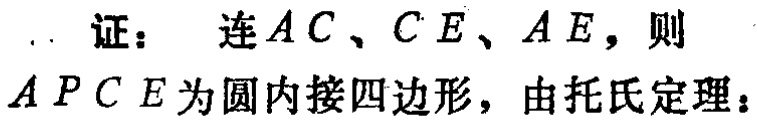
证：连 \(AC、CE、AE\)，则 \(APCE\) 为圆内接四边形，由托氏定理：